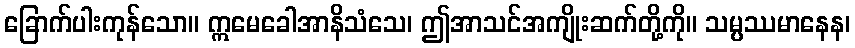
ခြောက်ပါးကုန်သော။ ဣမေခေါအာနိသံသေ၊ ဤအာသင်အကျိုးဆက်တို့ကို။ သမ္ပဿမာနေန၊